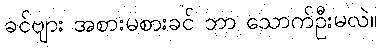
ခင်ဗျား အစားမစားခင် ဘာ သောက်ဦးမလဲ။